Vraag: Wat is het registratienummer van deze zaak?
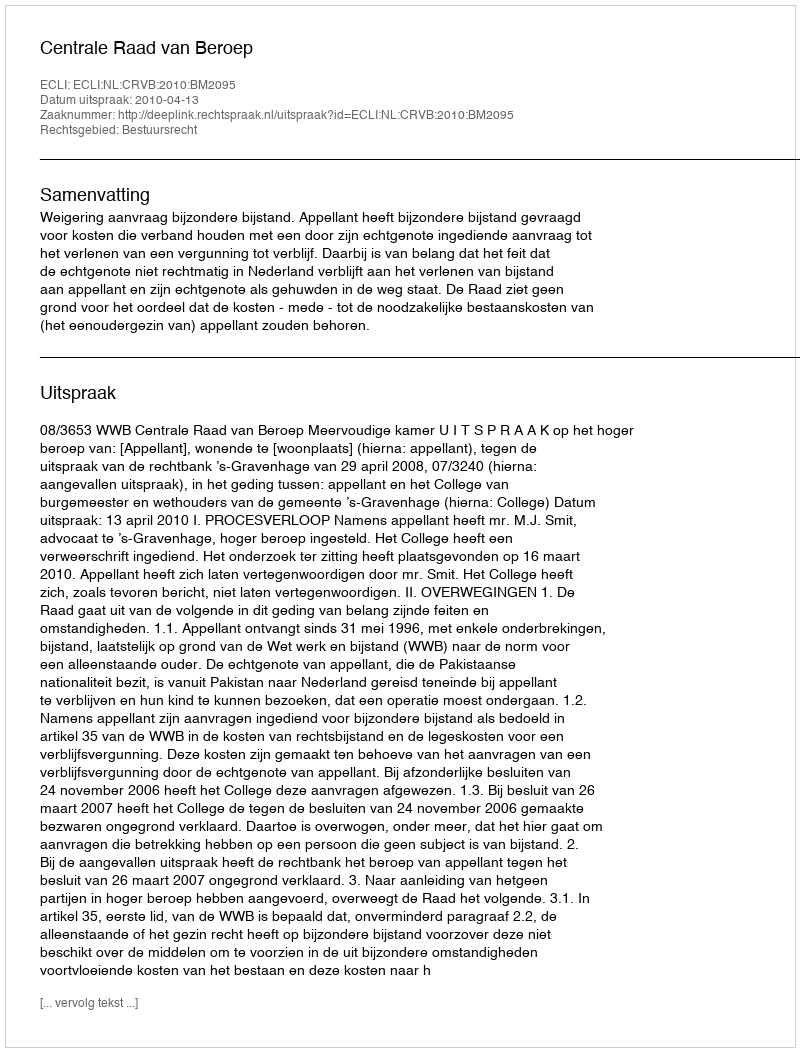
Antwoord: http://deeplink.rechtspraak.nl/uitspraak?id=ECLI:NL:CRVB:2010:BM2095